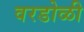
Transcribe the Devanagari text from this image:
वरडोळी